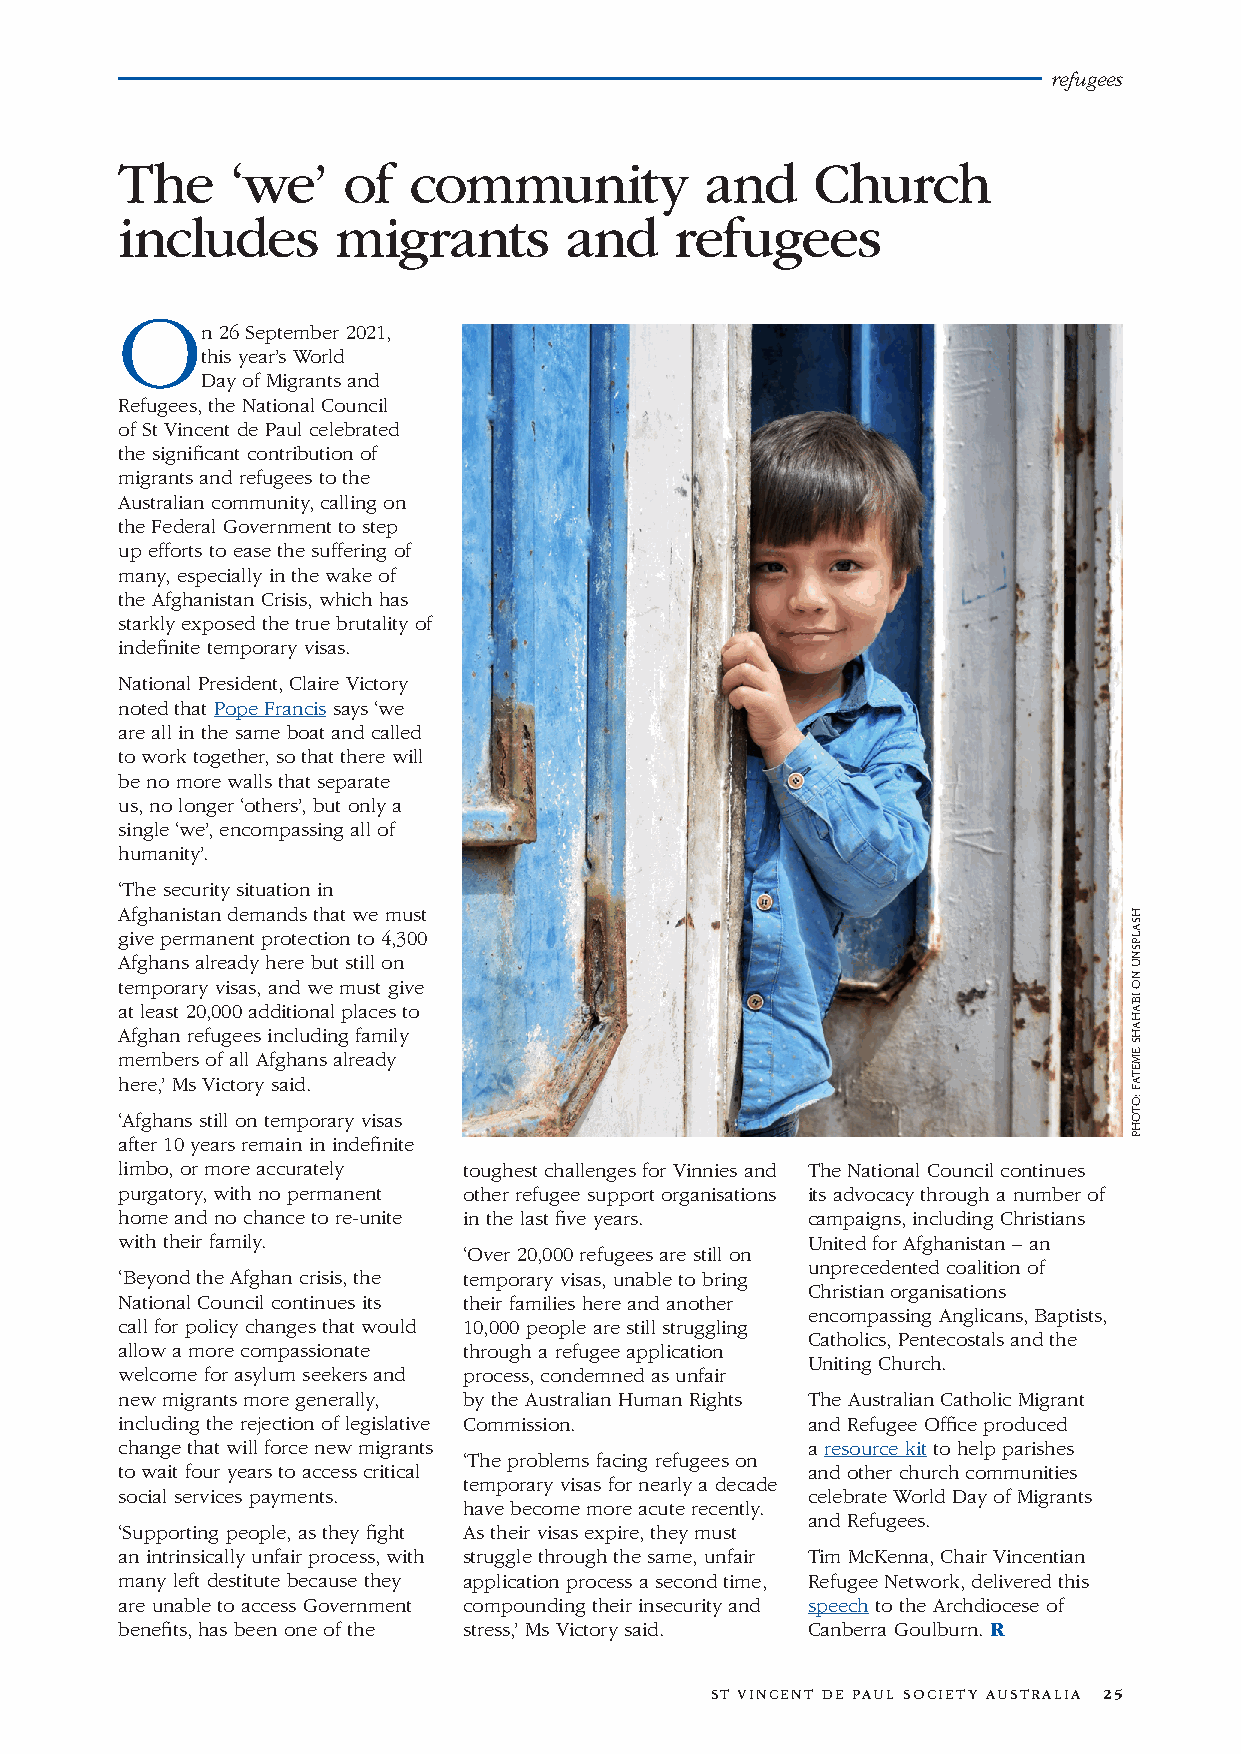
refugees
 The    ‘we’    of  community           and    Church
 includes      migrants       and     refugees
 O
 n 26 September 2021,
 this year’s World
 Day of Migrants and
 Refugees, the National Council
 of St Vincent de Paul celebrated
 the significant contribution of
 migrants and refugees to the
 Australian community, calling on
 the Federal Government to step
 up efforts to ease the suffering of
 many, especially in the wake of
 the Afghanistan Crisis, which has
 starkly exposed the true brutality of
 indefinite temporary visas.
 National President, Claire Victory
 noted that Pope Francis says ‘we
 are all in the same boat and called
 to work together, so that there will
 be no more walls that separate
 us, no longer ‘others’, but only a
 single ‘we’, encompassing all of
 humanity’.
 ‘The security situation in
 Afghanistan demands that we must
 give permanent protection to 4,300
 Afghans already here but still on
 temporary visas, and we must give
 at least 20,000 additional places to
 Afghan refugees including family
 members of all Afghans already
 here,’ Ms Victory said.
 ‘Afghans still on temporary visas
 after 10 years remain in indefinite
 limbo, or more accurately toughest challenges for Vinnies and The National Council continues
 purgatory, with no permanent other refugee support organisations its advocacy through a number of
 home and no chance to re-unite in the last five years. campaigns, including Christians
 with their family.                           United for Afghanistan – an
 ‘Over 20,000 refugees are still on
 unprecedented coalition of
 ‘Beyond the Afghan crisis, the temporary visas, unable to bring
 Christian organisations
 National Council continues its their families here and another
 encompassing Anglicans, Baptists,
 call for policy changes that would 10,000 people are still struggling
 Catholics, Pentecostals and the
 allow a more compassionate through a refugee application
 Uniting Church.
 welcome for asylum seekers and process, condemned as unfair
 new migrants more generally, by the Australian Human Rights The Australian Catholic Migrant
 including the rejection of legislative Commission. and Refugee Office produced
 change that will force new migrants          a resource kit to help parishes
 ‘The problems facing refugees on
 to wait four years to access critical        and other church communities
 temporary visas for nearly a decade
 social services payments.                    celebrate World Day of Migrants
 have become more acute recently.
 and Refugees.
 ‘Supporting people, as they fight As their visas expire, they must
 an intrinsically unfair process, with struggle through the same, unfair Tim McKenna, Chair Vincentian
 many left destitute because they application process a second time, Refugee Network, delivered this
 are unable to access Government compounding their insecurity and speech to the Archdiocese of
 benefits, has been one of the stress,’ Ms Victory said. Canberra Goulburn. R
 ST VINCENT DE PAUL SOCIETY AUSTRALIA 25
 HSALPSNU
 NO
 YDNIWTEERTS
 :OTOHP
 HSALPSNU
 NO
 IBAHAHS
 EMETAF
 :OTOHP